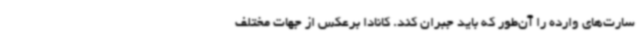
سارت‌های وارده را آن‌طور که باید جبران کند. کانادا برعکس از جهات مختلف